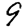
Digit: 9